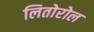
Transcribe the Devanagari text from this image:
लितोरोल